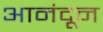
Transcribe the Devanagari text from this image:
आनंदून